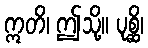
ဣတိ၊ ဤသို့။ ပုစ္ဆိ၊